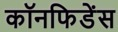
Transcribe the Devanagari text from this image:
कॉनफिडेंस